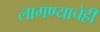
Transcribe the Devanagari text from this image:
लागण्याचेही